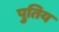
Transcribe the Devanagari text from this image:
पुतिय